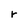
Character: r